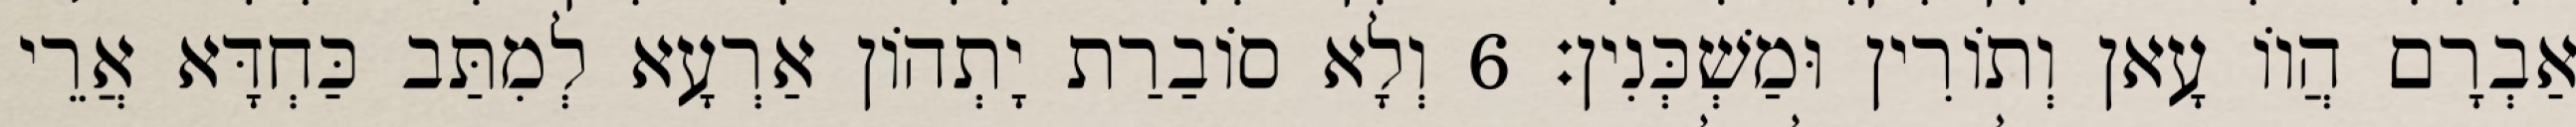
אַבְרָם הֲווֹ עָאן וְתוֹרִין וּמַשְׁכְּנִין׃ 6 וְלָא סוֹבַרַת יָתְהוֹן אַרְעָא לְמִתַּב כַּחְדָּא אֲרֵי